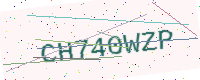
Text: CH740WZP